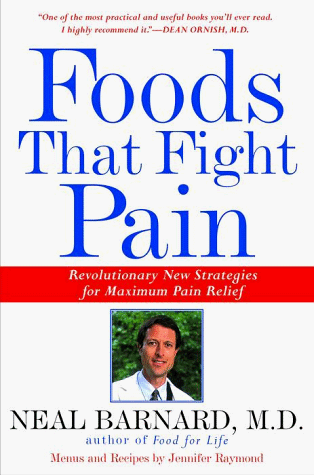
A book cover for Foods That Fight Pain: Revolutionary New Strategies for Maximum Pain Relief; Neal D. Barnard; Health, Fitness & Dieting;